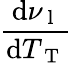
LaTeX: \frac{\mathrm{d}\nu_{\mathrm{~l~}}}{\mathrm{d}T_{\mathrm{~T~}}}